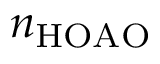
n _ { \mathrm { H O A O } }